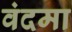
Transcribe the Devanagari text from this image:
वंदमा